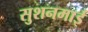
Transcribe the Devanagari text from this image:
सुशनमाई